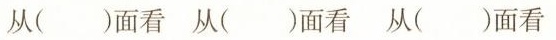
从( )面看 从 ( )面看从( )面看